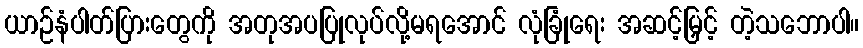
ယာဉ်နံပါတ်ပြားတွေကို အတုအပပြုလုပ်လို့မရအောင် လုံခြုံရေး အဆင့်မြှင့် တဲ့သဘောပါ။